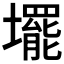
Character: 𡓁